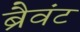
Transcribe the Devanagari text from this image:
ब्रैवंट